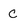
Character: C